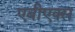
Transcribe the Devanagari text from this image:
एबीएक्स